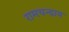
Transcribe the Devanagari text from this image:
रामचन्द्राय